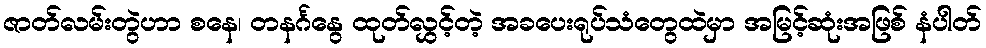
ဇာတ်လမ်းတွဲဟာ စနေ၊ တနင်္ဂနွေ ထုတ်လွှင့်တဲ့ အခပေးရုပ်သံတွေထဲမှာ အမြင့်ဆုံးအဖြစ် နံပါတ်